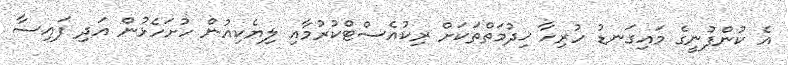
އެ ކުންފުނީގެ މައިގަނޑު ހުރިހާ ޚިދުމަތްތަކަށް ރިކުއެސްޓްކުރުމާއި ލިޔެކިއުން ހުށަހެޅުން އަދި ފައިސާ